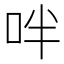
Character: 𠰢